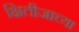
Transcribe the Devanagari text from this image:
क्षितीजाच्या